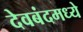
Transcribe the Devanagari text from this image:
देवबंदमध्ये